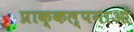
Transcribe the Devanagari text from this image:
प्राक्कल्पनाओं